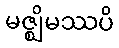
မဇ္ဈိမဿပိ